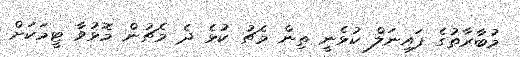
މުބާރާތުގެ ފައިނަލް ކުޅެނީ ތިން މެޗު ކުޅެ ދެ މެޗުން މޮޅުވާ ޓީމަކަށް